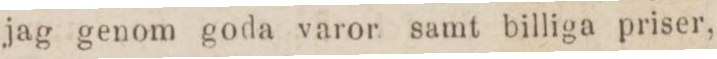
jag genom goda varor samt billiga priser,